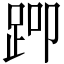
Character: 𬦨